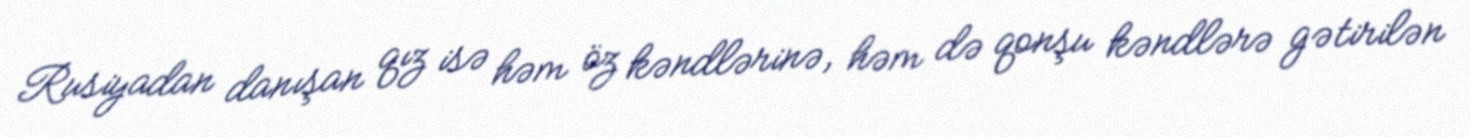
Rusiyadan danışan qız isə həm öz kəndlərinə, həm də qonşu kəndlərə gətirilən